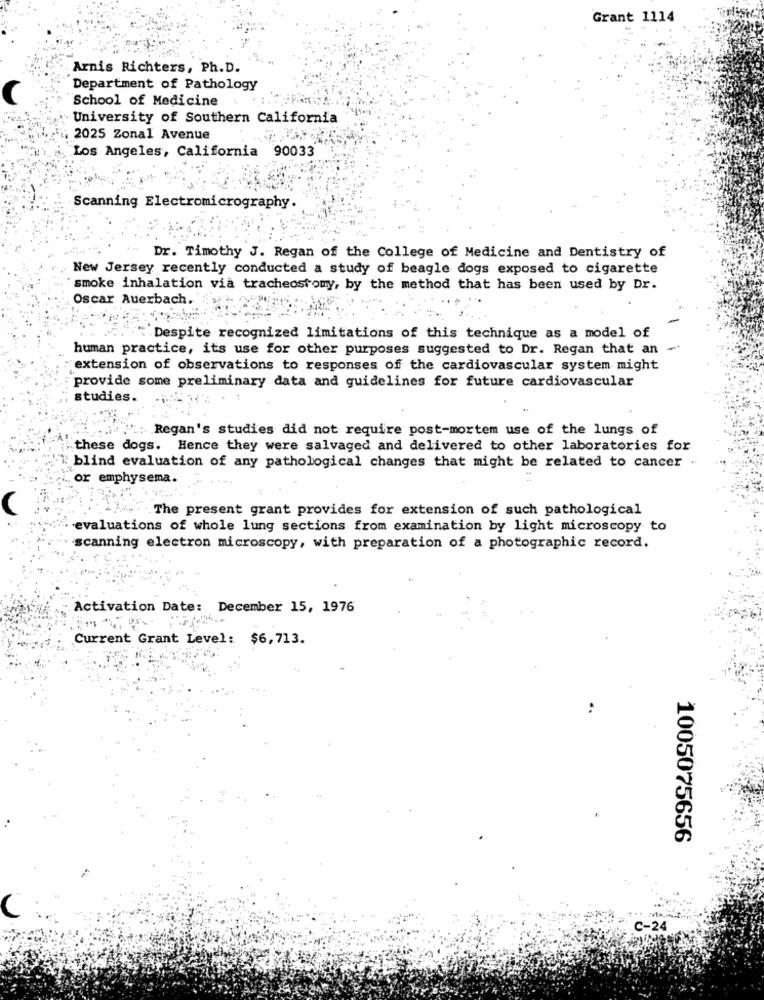
Grant 1114
Arnis Richters, Ph. D.
Department of Pathology
School of Medicine
University of Southern California
2025 Zonal Avenue
Los Angeles, California 90033
Scanning Electromicrography.
Dr. Timothy J. Regan of the College of Medicine and Dentistry of
New Jersey recently conducted a study of beagle dogs exposed to cigarette
smoke inhalation via tracheostomy, by the method that has been used by Dr.
Oscar Auerbach.
.Despite recognized limitations of this technique as a model of
human practice, its use for other purposes suggested to Dr. Regan that an -
extension of observations to responses of the cardiovascular system might
provide some preliminary data and guidelines for future cardiovascular
studies.
Regan's studies did not require post-mortem use of the lungs of
these dogs. Hence they were salvaged and delivered to other laboratories for
blind evaluation of any pathological changes that might be related to cancer
or emphysema.
The present grant provides for extension of such pathological
evaluations of whole lung sections from examination by light microscopy to
scanning electron microscopy, with preparation of a photographic record.
Activation Date: December 15, 1976
Current Grant Level: $6,713.
1005075656
C
C-24